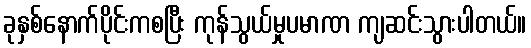
ခုနှစ်နောက်ပိုင်းကစပြီး ကုန်သွယ်မှုပမာဏ ကျဆင်းသွားပါတယ်။